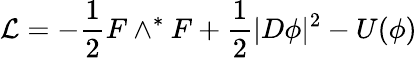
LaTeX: {\mathcal L}=-\frac{1}{2}F\wedge^{*}F+\frac{1}{2}|D\phi|^{2}-U(\phi)